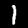
Label: 1